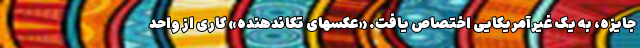
جایزه، به یک غیرآمریکایی اختصاص یافت. «عکسهای تکاندهنده» کاری از واحد